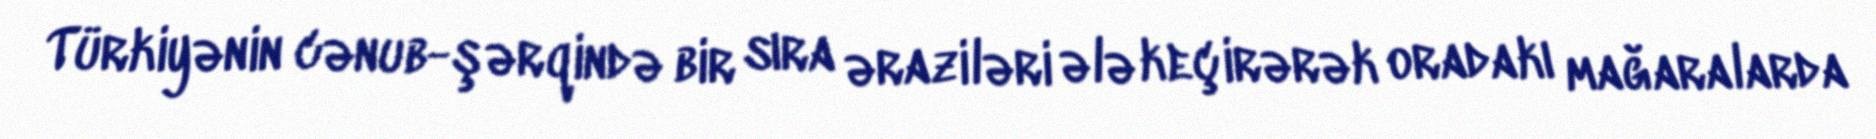
Türkiyənin cənub-şərqində bir sıra əraziləri ələ keçirərək oradakı mağaralarda